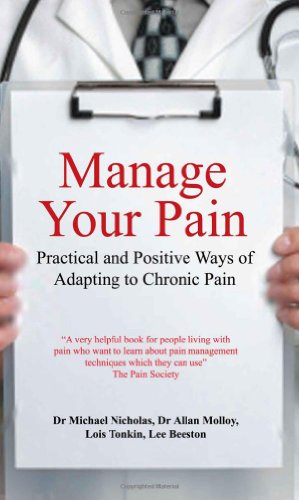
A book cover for Manage Your Pain: Practical and Positive Ways of Adapting to Chronic Pain; Dr. Michael Nicholas; Health, Fitness & Dieting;